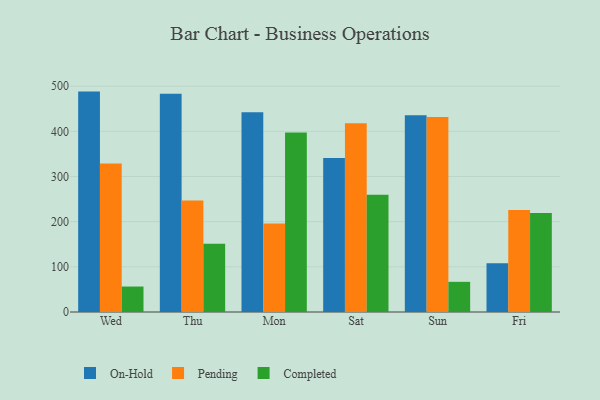
{"axis": {"x": "Day", "y": "Demand Index"}, "legend": ["Completed", "On-Hold", "Pending"], "data": [{"x": "Wed", "y": 488.0, "type": "On-Hold"}, {"x": "Wed", "y": 328.8, "type": "Pending"}, {"x": "Wed", "y": 56.4, "type": "Completed"}, {"x": "Thu", "y": 483.0, "type": "On-Hold"}, {"x": "Thu", "y": 247.1, "type": "Pending"}, {"x": "Thu", "y": 151.1, "type": "Completed"}, {"x": "Mon", "y": 442.3, "type": "On-Hold"}, {"x": "Mon", "y": 195.9, "type": "Pending"}, {"x": "Mon", "y": 397.7, "type": "Completed"}, {"x": "Sat", "y": 340.9, "type": "On-Hold"}, {"x": "Sat", "y": 418.1, "type": "Pending"}, {"x": "Sat", "y": 259.6, "type": "Completed"}, {"x": "Sun", "y": 435.4, "type": "On-Hold"}, {"x": "Sun", "y": 431.6, "type": "Pending"}, {"x": "Sun", "y": 66.8, "type": "Completed"}, {"x": "Fri", "y": 107.9, "type": "On-Hold"}, {"x": "Fri", "y": 225.6, "type": "Pending"}, {"x": "Fri", "y": 219.4, "type": "Completed"}]}